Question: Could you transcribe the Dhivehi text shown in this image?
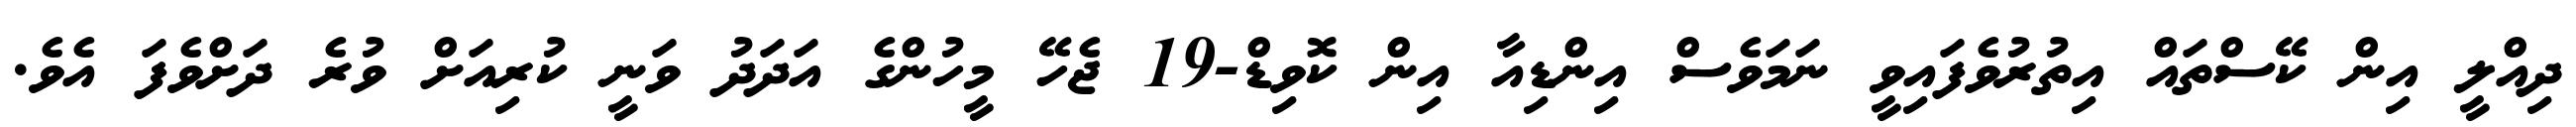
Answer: ދިއްލީ އިން ކޭސްތައް އިތުރުވެފައިވީ ނަމަވެސް އިންޑިއާ އިން ކޮވިޑް-19 ޖެހޭ މީހުންގެ އަދަދު ވަނީ ކުރިއަށް ވުރެ ދަށްވެފަ އެވެ.